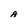
Character: A